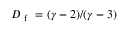
D _ { \mathrm { ~ f ~ } } = ( \gamma - 2 ) / ( \gamma - 3 )